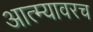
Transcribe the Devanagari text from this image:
आत्म्यावरच